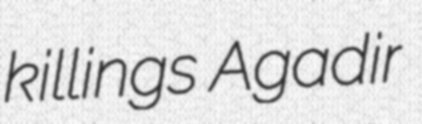
killings Agadir